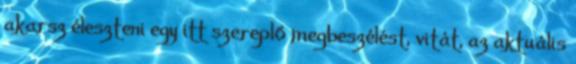
akarsz éleszteni egy itt szereplő megbeszélést, vitát, az aktuális